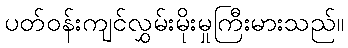
ပတ်ဝန်းကျင်လွှမ်းမိုးမှုကြီးမားသည်။